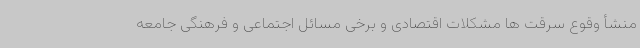
منشأ وقوع سرقت ها مشکلات اقتصادی و برخی مسائل اجتماعی و فرهنگی جامعه